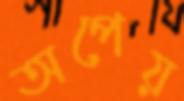
অপেয়